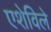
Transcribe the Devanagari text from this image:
एशेविले